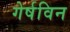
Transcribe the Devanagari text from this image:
गेर्षविन